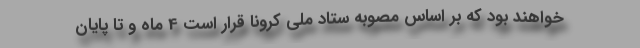
خواهند بود که بر اساس مصوبه ستاد ملی کرونا قرار است 4 ماه و تا پایان